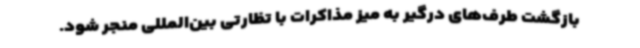
بازگشت طرف‌های درگیر به میز مذاکرات با تظارتی بین‌المللی منجر شود.